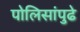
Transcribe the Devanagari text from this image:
पोलिसांपुढे